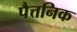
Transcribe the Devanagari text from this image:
पैत्तनिक